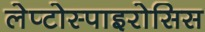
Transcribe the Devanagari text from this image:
लेप्टोस्पाइरोसिस